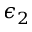
\epsilon _ { 2 }